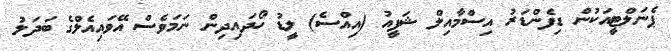
ޕެނަލްޓީއަކުން ޑިފެންޑަރު އިސްމާއިލް ޝަފީއު (އިއްސެ) ލީޑު ހޯދައިދިން ނަމަވެސް އޭވައިއެލްގެ ބަދަލު